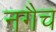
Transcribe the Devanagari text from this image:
नगैच